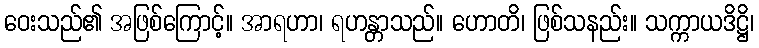
ဝေးသည်၏ အဖြစ်ကြောင့်။ အာရဟာ၊ ရဟန္တာသည်။ ဟောတိ၊ ဖြစ်သနည်း။ သက္ကာယဒိဋ္ဌိ၊